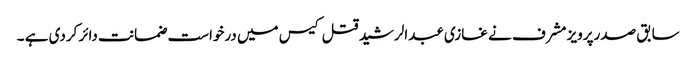
سابق صدرپرویز مشرف نے غازی عبدالرشید قتل کیس میں درخواست ضمانت دائر کردی ہے ۔